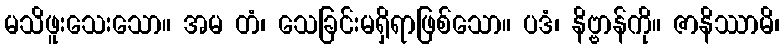
မသိဖူးသေးသော။ အမ တံ၊ သေခြင်းမရှိရာဖြစ်သော။ ပဒံ၊ နိဗ္ဗာန်ကို။ ဇာနိဿာမိ၊